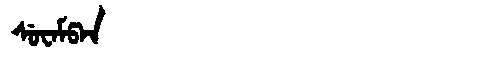
Manchu: ᠰᡠᠸᠠᠮᡦᠠᠨ
Romanization: SUWAMPAN